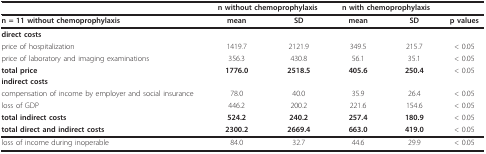
|  | <COLSPAN=2> n without chemoprophylaxis | <COLSPAN=2> n with chemoprophylaxis |  |
 | --- | --- | --- | --- | --- | --- |
 | n = 11 without chemoprophylaxis | mean | SD | mean | SD | p values |
 | direct costs |  |  |  |  |  |
 | price of hospitalization | 1419.7 | 2121.9 | 349.5 | 215.7 | < 0.05 |
 | price of laboratory and imaging examinations | 356.3 | 430.8 | 56.1 | 35.1 | < 0.05 |
 | total price | 1776.0 | 2518.5 | 405.6 | 250.4 | < 0.05 |
 | indirect costs |  |  |  |  |  |
 | compensation of income by employer and social insurance | 78.0 | 40.0 | 35.9 | 26.4 | < 0.05 |
 | loss of GDP | 446.2 | 200.2 | 221.6 | 154.6 | < 0.05 |
 | total indirect costs | 524.2 | 240.2 | 257.4 | 180.9 | < 0.05 |
 | total direct and indirect costs | 2300.2 | 2669.4 | 663.0 | 419.0 | < 0.05 |
 | loss of income during inoperable | 84.0 | 32.7 | 44.6 | 29.9 | < 0.05 |